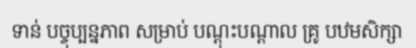
ទាន់ បច្ចុប្បន្នភាព សម្រាប់ បណ្តុះបណ្តាល គ្រូ បឋមសិក្សា